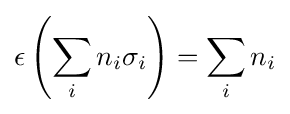
\epsilon \left(\sum _{i}n_{i}\sigma _{i}\right)=\sum _{i}n_{i}